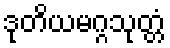
ဒုတိယမဂ္ဂသုတ္တံ